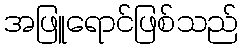
အဖြူရောင်ဖြစ်သည်